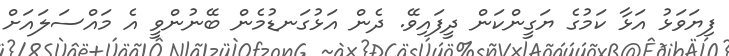
ފިޔަވަޅު އަޅާ ކަމުގެ ޔަގީންކަން ދީފައިވޭ. ދެން އަޅުގަނޑުމެން ބޭނުންވީ އެ މައްސަލައަށް